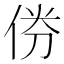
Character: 𠉅